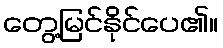
တွေ့မြင်နိုင်ပေ၏။